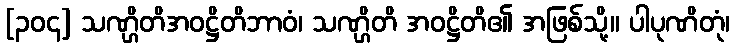
[၃၀၄] သဏ္ဌိတိအဝဋ္ဌိတိဘာဝံ၊ သဏ္ဌိတိ အဝဋ္ဌိတိ၏ အဖြစ်သို့။ ပါပုဏိတုံ၊